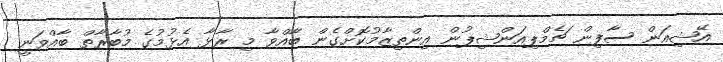
އޭޝިއަން ސާފިން ޗެމްޕިއަންޝިޕުން އިންތިޒާމުކޮށްގެން ބާއްވާ މި ރާޅާ އެޅުމުގެ މުބާރާތް ބާއްވަނީ